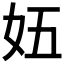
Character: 𫰌